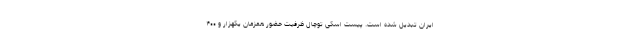
ایران تبدیل شده است. پیست اسکی توچال ظرفیت حضور همزمان یکهزار و ۴۰۰